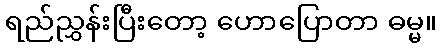
ရည်ညွှန်းပြီးတော့ ဟောပြောတာ ဓမ္မ။